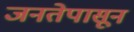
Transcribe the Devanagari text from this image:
जनतेपासून